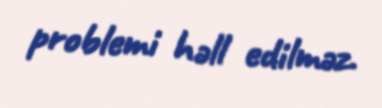
problemi həll edilməz.